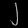
Digit: ၂